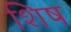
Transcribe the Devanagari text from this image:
शिष